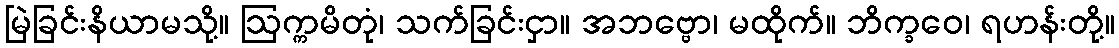
မြဲခြင်းနိယာမသို့။ ဩက္ကမိတုံ၊ သက်ခြင်းငှာ။ အဘဗ္ဗော၊ မထိုက်။ ဘိက္ခဝေ၊ ရဟန်းတို့။